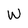
Character: W